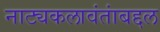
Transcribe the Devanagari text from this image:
नाट्यकलावंतांबद्दल